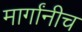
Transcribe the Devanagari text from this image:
मार्गांनीच